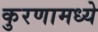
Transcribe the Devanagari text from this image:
कुरणामध्ये